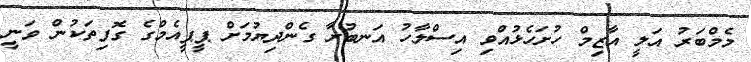
މެމްބަރު އަލީ އާޒިމް ހުށަހެޅުއްވި އިސްލާހު އަނބުރާ ގެންދިޔުމަށް ޕީޕީއެމްގެ ގޮފިތަކުން ވަނީ